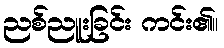
ညစ်ညူးခြင်း ကင်း၏။